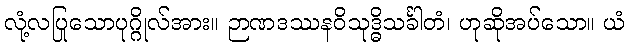
လုံ့လပြုသောပုဂ္ဂိုလ်အား။ ဉာဏဒဿနဝိသုဒ္ဓိသင်္ခါတံ၊ ဟုဆိုအပ်သော။ ယံ